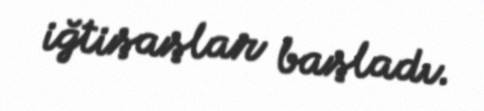
iğtişaşlar başladı.